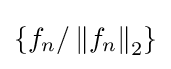
\left\{f_{n}/\left\|f_{n}\right\|_{2}\right\}